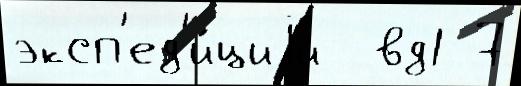
эксп'ед'и́циjи  вд1 7